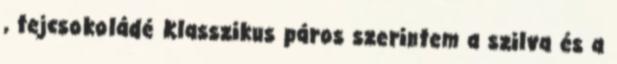
, tejcsokoládé Klasszikus páros szerintem a szilva és a